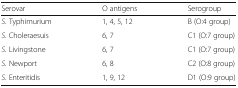
| Serovar | O antigens | Serogroup |
 | --- | --- | --- |
 | S. Typhimurium | 1, 4, 5, 12 | B (O:4 group) |
 | S. Choleraesuis | 6, 7 | C1 (O:7 group) |
 | S. Livingstone | 6, 7 | C1 (O:7 group) |
 | S. Newport | 6, 8 | C2 (O:8 group) |
 | S. Enteritidis | 1, 9, 12 | D1 (O:9 group) |